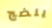
ينضج